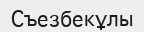
Съезбекұлы